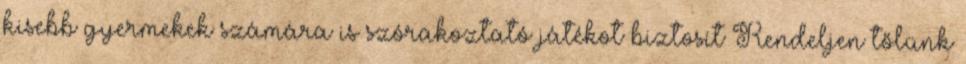
kisebb gyermekek számára is szórakoztató játékot biztosít Rendeljen tőlünk